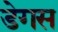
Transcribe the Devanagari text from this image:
डेगस